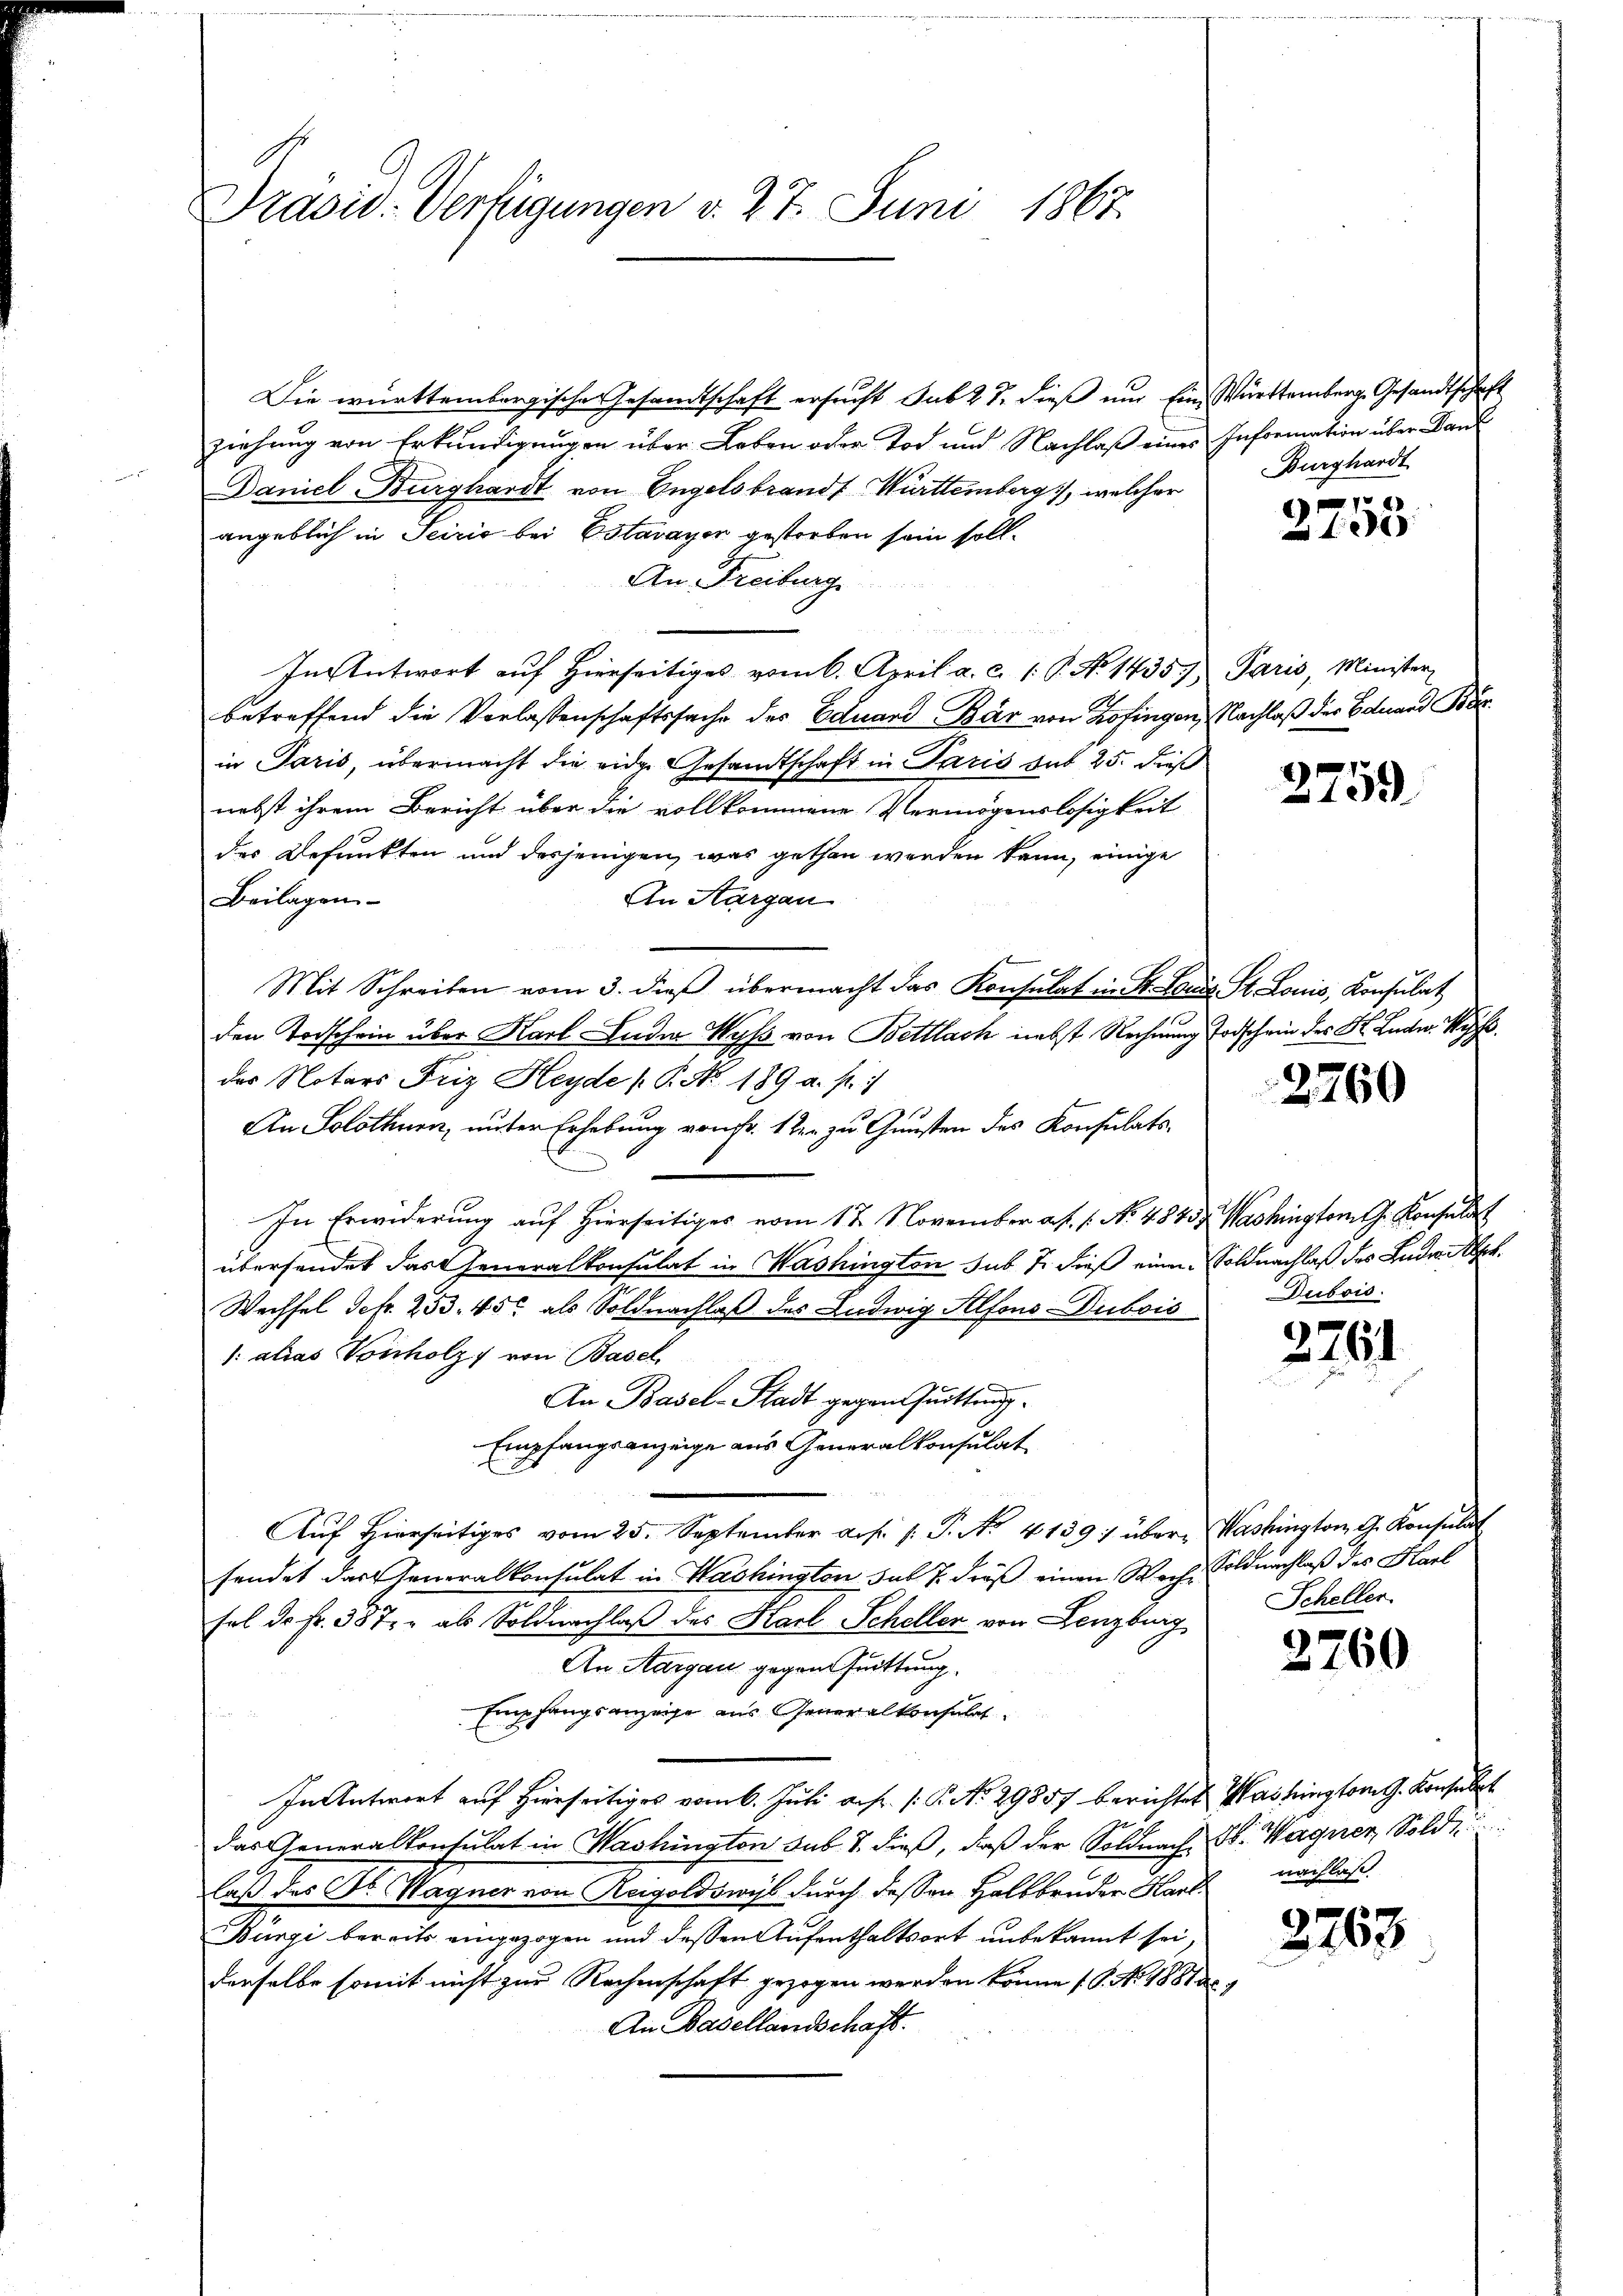
Präsid. Verfügungen v. 27. Juni 1865.

Die württembergische Gesandtschaft ersucht sub 28. dieß und Ein Württemberg. Gesandtschaft
ziehung von Erkundigungen über Leben oder Tod und Nachlaß eines Information über Daue
Daniel Burghardt von Engelsbrandt Württemberg), welcher
angeblich in Seicio bei Estavayer gestorben sein soll.
An Freiburg
In Antwort auf Hierseitiges vom 6. April a. c. 1. P. No 1435. Paris, Minister
betreffend die Verlassenschaftssache des Eduard Bär von Zofingen, Nachlaß der Eduard Bar
in Paris, übermacht die eide Gesandtschaft in Paris gut 25. dieß
nebst ihrem Bericht über die vollkommene Vermögenslosigkeit
des Befunkten und desjenigen, was gethan werden kann, einige
Beilagen
An Aargau
Mit Schreiben vom 3. dieβ übermacht das Konsulat in St. Gaus St. Louis, Konsulat
den Torschein über Karl Ander Wyss von Bettlach nebst Rechnung Todschein des K. Ludw. Wyss.
des Notars Friz Heyde [P. No. 189 a. s.
An Solothurn, unter Erhebung von Fr. 1 ten zu Gunsten des Konsulats¬
In Erwiderŭng aŭf hierseitiges vom 17. November ab. 1. No 48437. Washingtem h. Konsulat
übersendet das Generalkonsulat in Washington sub 7. dieß einen Soldnachlaß des Ludwi
Wechsel defr. 253. 450 als Soldnachlaß des Ludwig Alfons-Dubois
1: alias Vonholz von Basel
An Basel-Stadt gegen Quittung
Empfangsanzeige aus Generalkonsulat
Aŭf hierseitiges vom 25. September a.h. s. S. No. 4139) über Washington G. Konsulat
fendet das Generalkontulat in Washington sub 7. Fräß einen Woche Soldnachlaß des Hart
fel dr. Fr. 387 als Soldnachlaß des Karl Scheller von Lenzburg
An Aargau gegen Quittung
Empfangsanzeige aus Generalkonsulat
In Antwort auf hierseitiges vom 6. Juli auf. /: P. No. 29857 berichtet Washington G. Konsulat
das Generalkonsulat in Washington sub. 8. dieß, daß der Soldnach St. Wagner, Sold
laß der Dr. Wagner von Reigoldswiss durch dessen Halbbruder Hand
Burgi bereits eingezogen und dessen Aufenthaltsort unbekannt sei,
derselbe somit nicht zur Rechenschaft gezogen werden könne (1. No. 1881 d
An Basellandschaft.

Burghardt

t
e

2759

2760

Dubois.

2761

Scheller.

2760

nachlass

2763